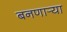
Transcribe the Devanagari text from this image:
बनणार्‍या